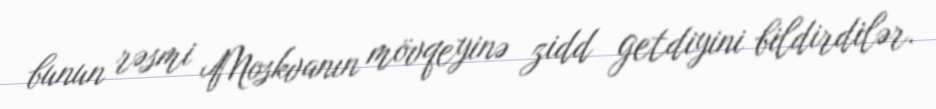
bunun rəsmi Moskvanın mövqeyinə zidd getdiyini bildirdilər.